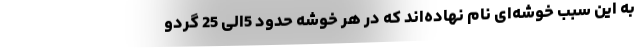
به این سبب خوشه­‌ای نام نهاده‌­اند که در هر خوشه حدود 5الی 25 گردو